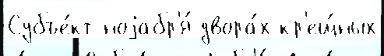
Субъе́кт ноjабр'я́ двора́х кр'ещ́ных